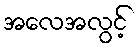
အလေအလွင့်